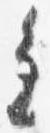
進